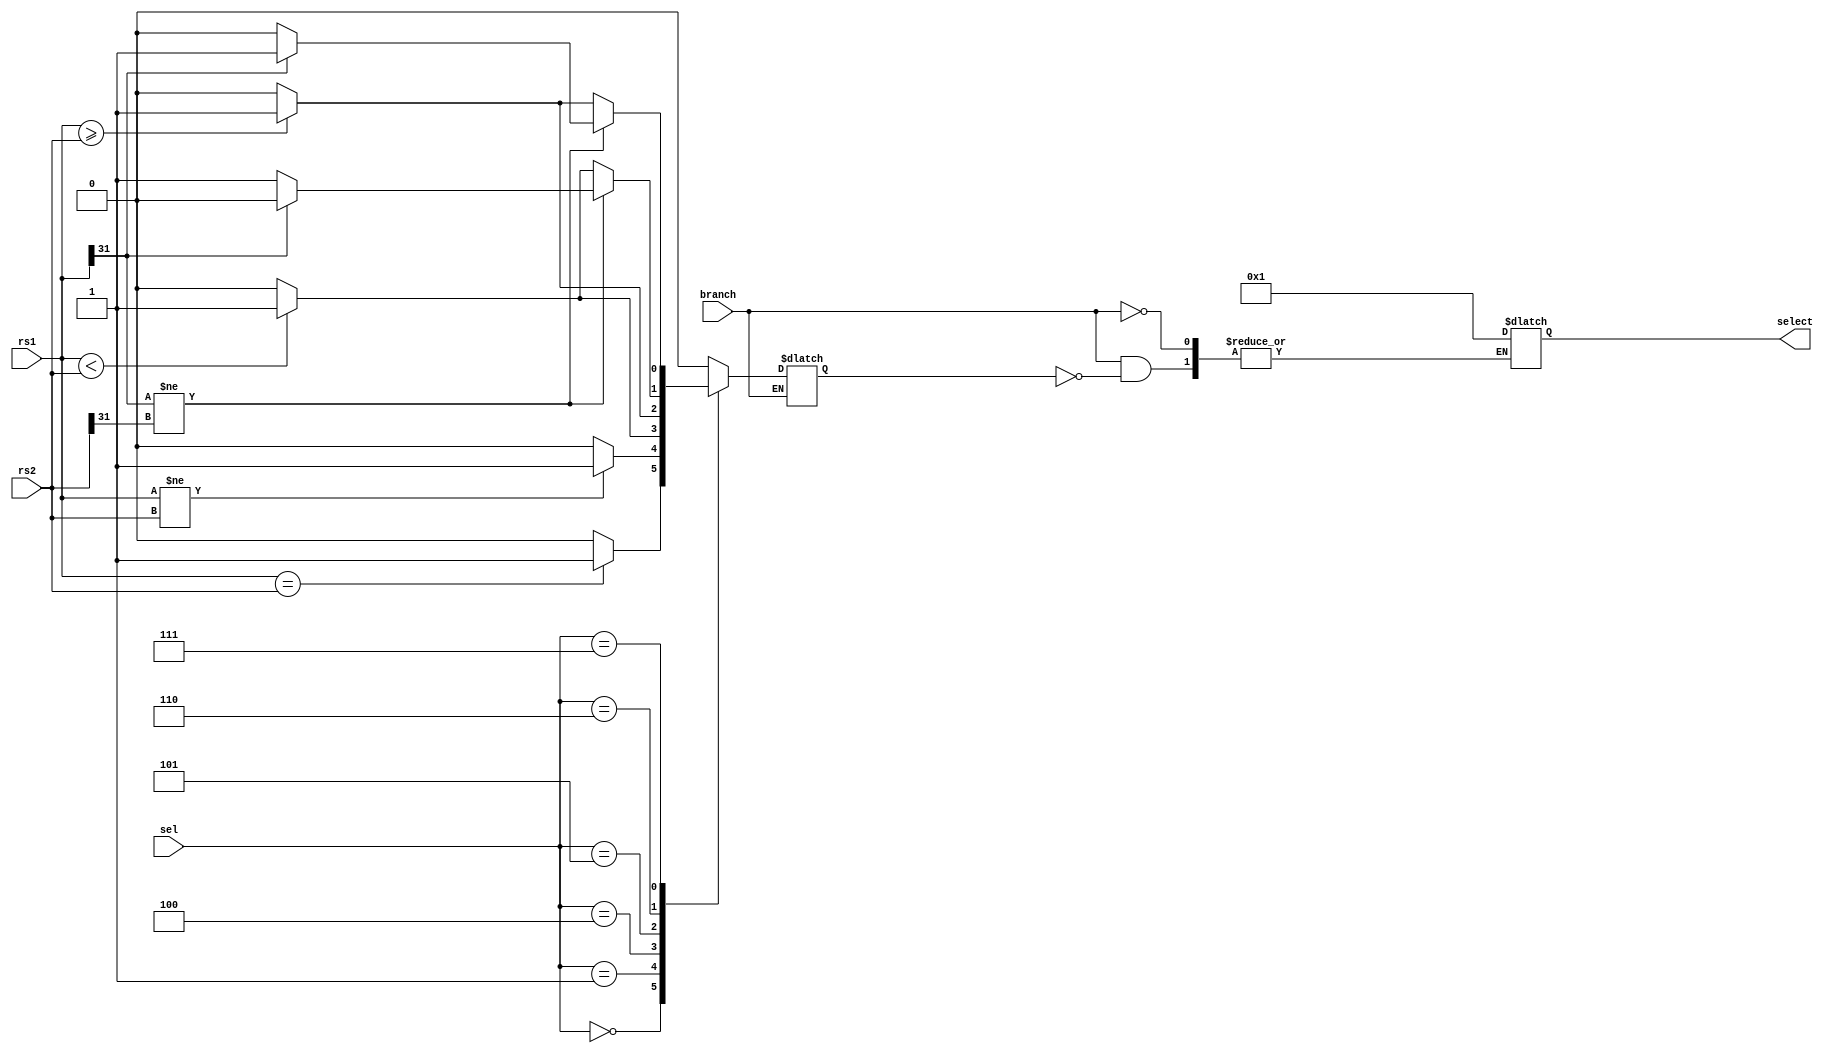

module branch_Btype(
	input [2:0] sel,
//	input [31:0] pctarget,
	input [31:0] rs1, rs2,
	input branch,
	output reg [31:0] select
);

reg flag;

always @(*) begin
if(branch) begin
	case(sel) 
		3'b000: flag<= rs1==rs2 ? 1 : 0;
		3'b001: flag<= rs1!=rs2 ? 1 : 0;
		3'b100: flag<= rs1<rs2 ? 1 : 0;
		3'b101: flag<= rs1>=rs2 ? 1 : 0;
		3'b110: begin
			if (rs1[31] != rs2[31]) flag <= rs1[31] ? 0 : 1;
         else flag <= rs1 < rs2 ? 1 : 0;
			end
		3'b111: begin
			if (rs1[31] != rs2[31]) flag <= rs1[31] ? 1 : 0;
         else flag <= rs1 >= rs2 ? 1 : 0;
			end
		default: flag<=0;
	endcase
	if(flag) select <= 1;
end
end
endmodule